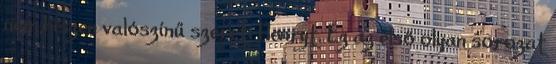
nem,hiszen valószínű szereti Henryt. Ez az első olyan sorozat